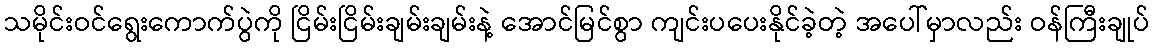
သမိုင်းဝင်ရွေးကောက်ပွဲကို ငြိမ်းငြိမ်းချမ်းချမ်းနဲ့ အောင်မြင်စွာ ကျင်းပပေးနိုင်ခဲ့တဲ့ အပေါ်မှာလည်း ဝန်ကြီးချုပ်